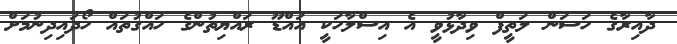
ދާއިރާގެ ހަސަން ލަތީފް ވިދާޅުވީ އެ އިސްލާހަކީ އައްޑޫ ރައްޔިތުންގެ ހައްގުތައް ހޯދައިދިނުމަށް